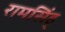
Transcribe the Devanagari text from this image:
रामसिंह्